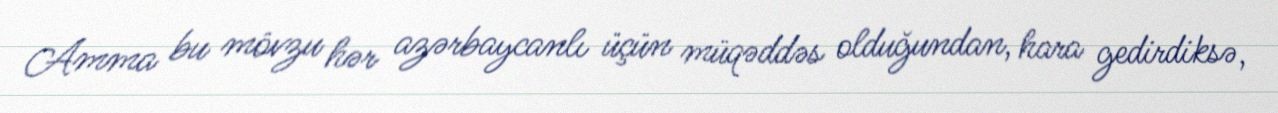
Amma bu mövzu hər azərbaycanlı üçün müqəddəs olduğundan, hara gedirdiksə,